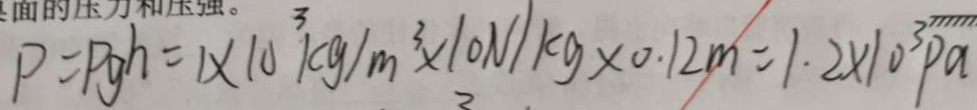
P = P g h = 1 \times 1 0 ^ { 3 } k g / m ^ { 3 } \times 1 0 N / k g \times 0 . 1 2 m = 1 . 2 \times 1 0 ^ { 3 } P a